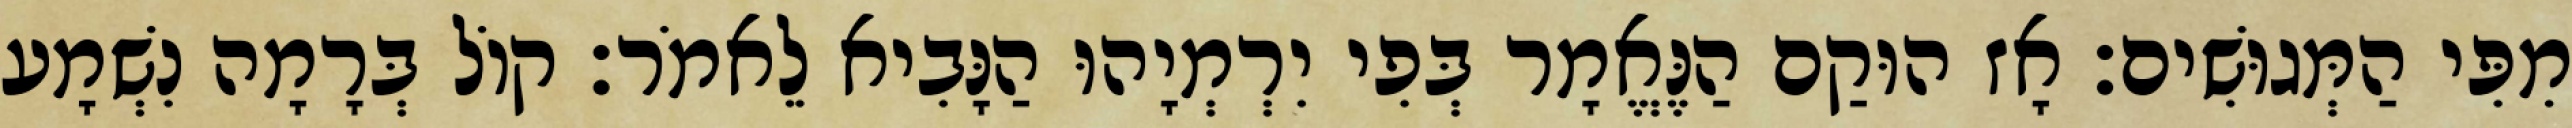
מִפִּי הַמְּגוּשִׁים׃ אָז הוּקַם הַנֶּאֱמָר בְּפִי יִרְמְיָהוּ הַנָּבִיא לֵאמֹר׃ קוֹל בְּרָמָה נִשְׁמָע